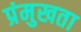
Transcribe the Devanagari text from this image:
प्रंमुखता